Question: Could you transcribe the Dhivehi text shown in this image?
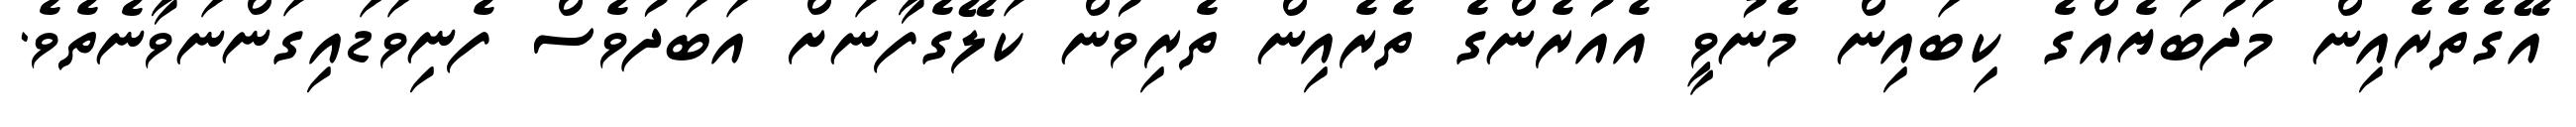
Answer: އޭގެތެރެއިން މަދުބަޔެއްގެ ކިބައިން މެނުވީ އެއުރެންގެ ތެރެއިން ތެރިވުން ކަލޭގެފާނަށް އަބަދުވެސް ފެނިވަޑައިގަންނަވާނެތެވެ.